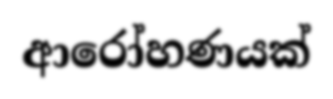
ආරෝහණයක්